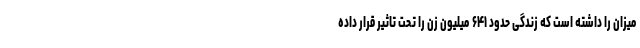
میزان را داشته است که زندگی حدود ۶۴۱ میلیون زن را تحت تاثیر قرار داده